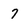
Character: 7